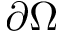
\partial \Omega